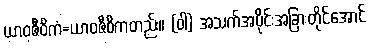
ယာဝဇီဝိကံ=ယာဝဇီဝိကတည်း။ (ဝါ) အသက်အပိုင်းအခြားတိုင်အောင်